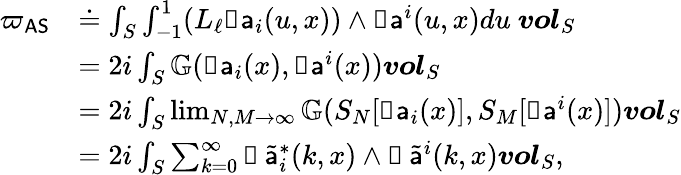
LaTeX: \begin{array}{rl}{{\varpi_{\mathsf{AS}}}}&{\doteq\int_{S}\int_{-1}^{1}(L_{\ell}\mathbb{d}{\mathsf{a}}_{i}(u,x))\wedge\mathbb{d}{\mathsf{a}}^{i}(u,x)du\ {\boldsymbol{vol}}_{S}}\\ &{=2i\int_{S}\mathbb{G}(\mathbb{d}{\mathsf{a}}_{i}(x),\mathbb{d}{\mathsf{a}}^{i}(x)){\boldsymbol{vol}}_{S}}\\ &{=2i\int_{S}\operatorname*{lim}_{N,M\to\infty}\mathbb{G}(S_{N}[\mathbb{d}{\mathsf{a}}_{i}(x)],S_{M}[\mathbb{d}{\mathsf{a}}^{i}(x)]){\boldsymbol{vol}}_{S}}\\ &{=2i\int_{S}\sum_{k=0}^{\infty}\mathbb{d}\, \widetilde{{\mathsf{a}}}_{i}^{*}(k,x)\wedge\mathbb{d}\, \widetilde{{\mathsf{a}}}^{i}(k,x){\boldsymbol{vol}}_{S},}\end{array}